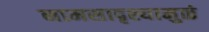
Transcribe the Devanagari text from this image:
नामसादृश्यामुळं